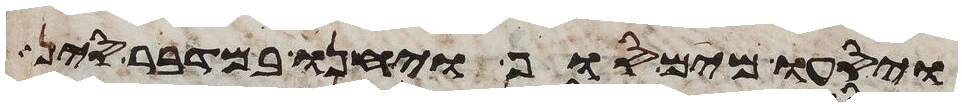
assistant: ויסעו מים סוף ויחנו במדבר סין